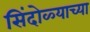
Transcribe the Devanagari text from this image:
सिंदोळ्याच्या